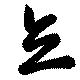
立